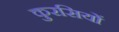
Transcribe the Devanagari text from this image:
कुरसियों